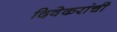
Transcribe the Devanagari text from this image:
दिवेकरांची